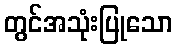
တွင်အသုံးပြုသော